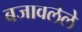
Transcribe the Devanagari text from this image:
बजावलेले